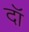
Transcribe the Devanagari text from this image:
दॉ